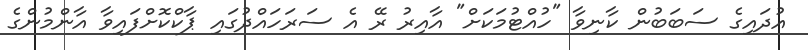
އުދައިގެ ސަބަބުން ކާނިވާ "ހުއްޓުމަކަށް" އާއިރު ރޭ އެ ސަރަހައްދުގައި ޕާކްކޮށްފައިވާ އާންމުންގެ